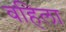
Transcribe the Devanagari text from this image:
वहिला